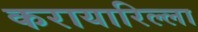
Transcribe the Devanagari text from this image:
करायारिल्ला